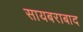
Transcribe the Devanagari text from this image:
सायबराबाद